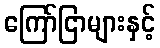
ကြော်ငြာများနှင့်